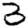
Digit: 3